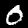
Label: 0